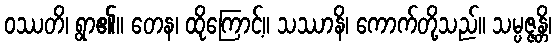
ဝဿတိ၊ ရွာ၏။ တေန၊ ထိုကြောင့်။ သဿာနိ၊ ကောက်တို့သည်။ သမ္ပဇ္ဇန္တိ၊